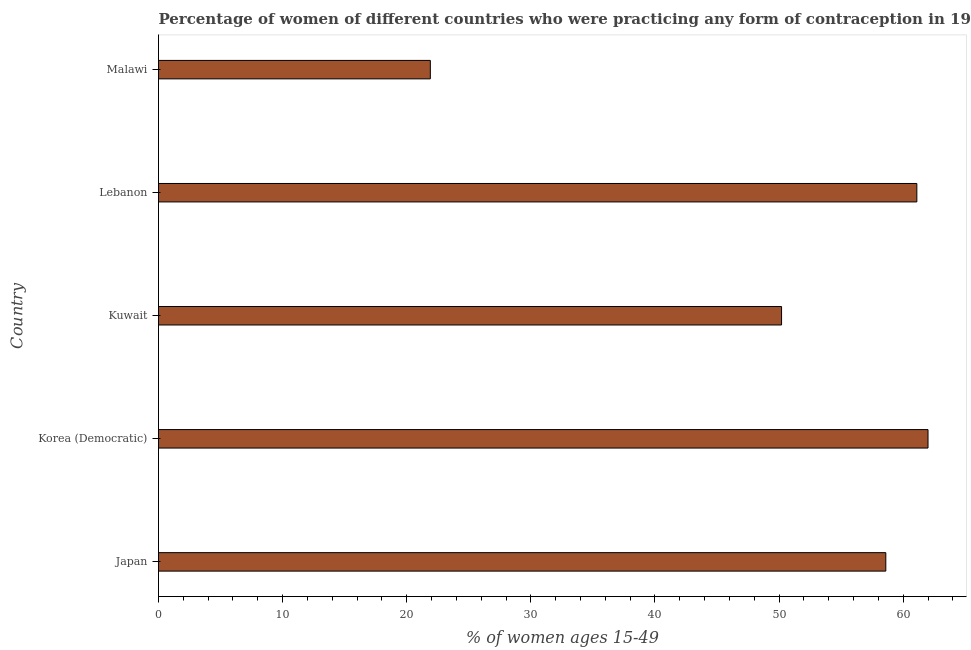
| Country | Contraceptive prevalence |
 | --- | --- |
 | Japan | 58.6 |
 | Korea (Democratic) | 62 |
 | Kuwait | 50.2 |
 | Lebanon | 61.1 |
 | Malawi | 21.9 |